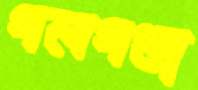
গলগণ্ডা